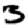
Digit: 3